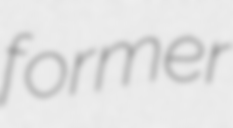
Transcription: former